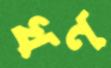
খণ